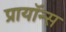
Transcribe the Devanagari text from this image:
प्रायॉन्स